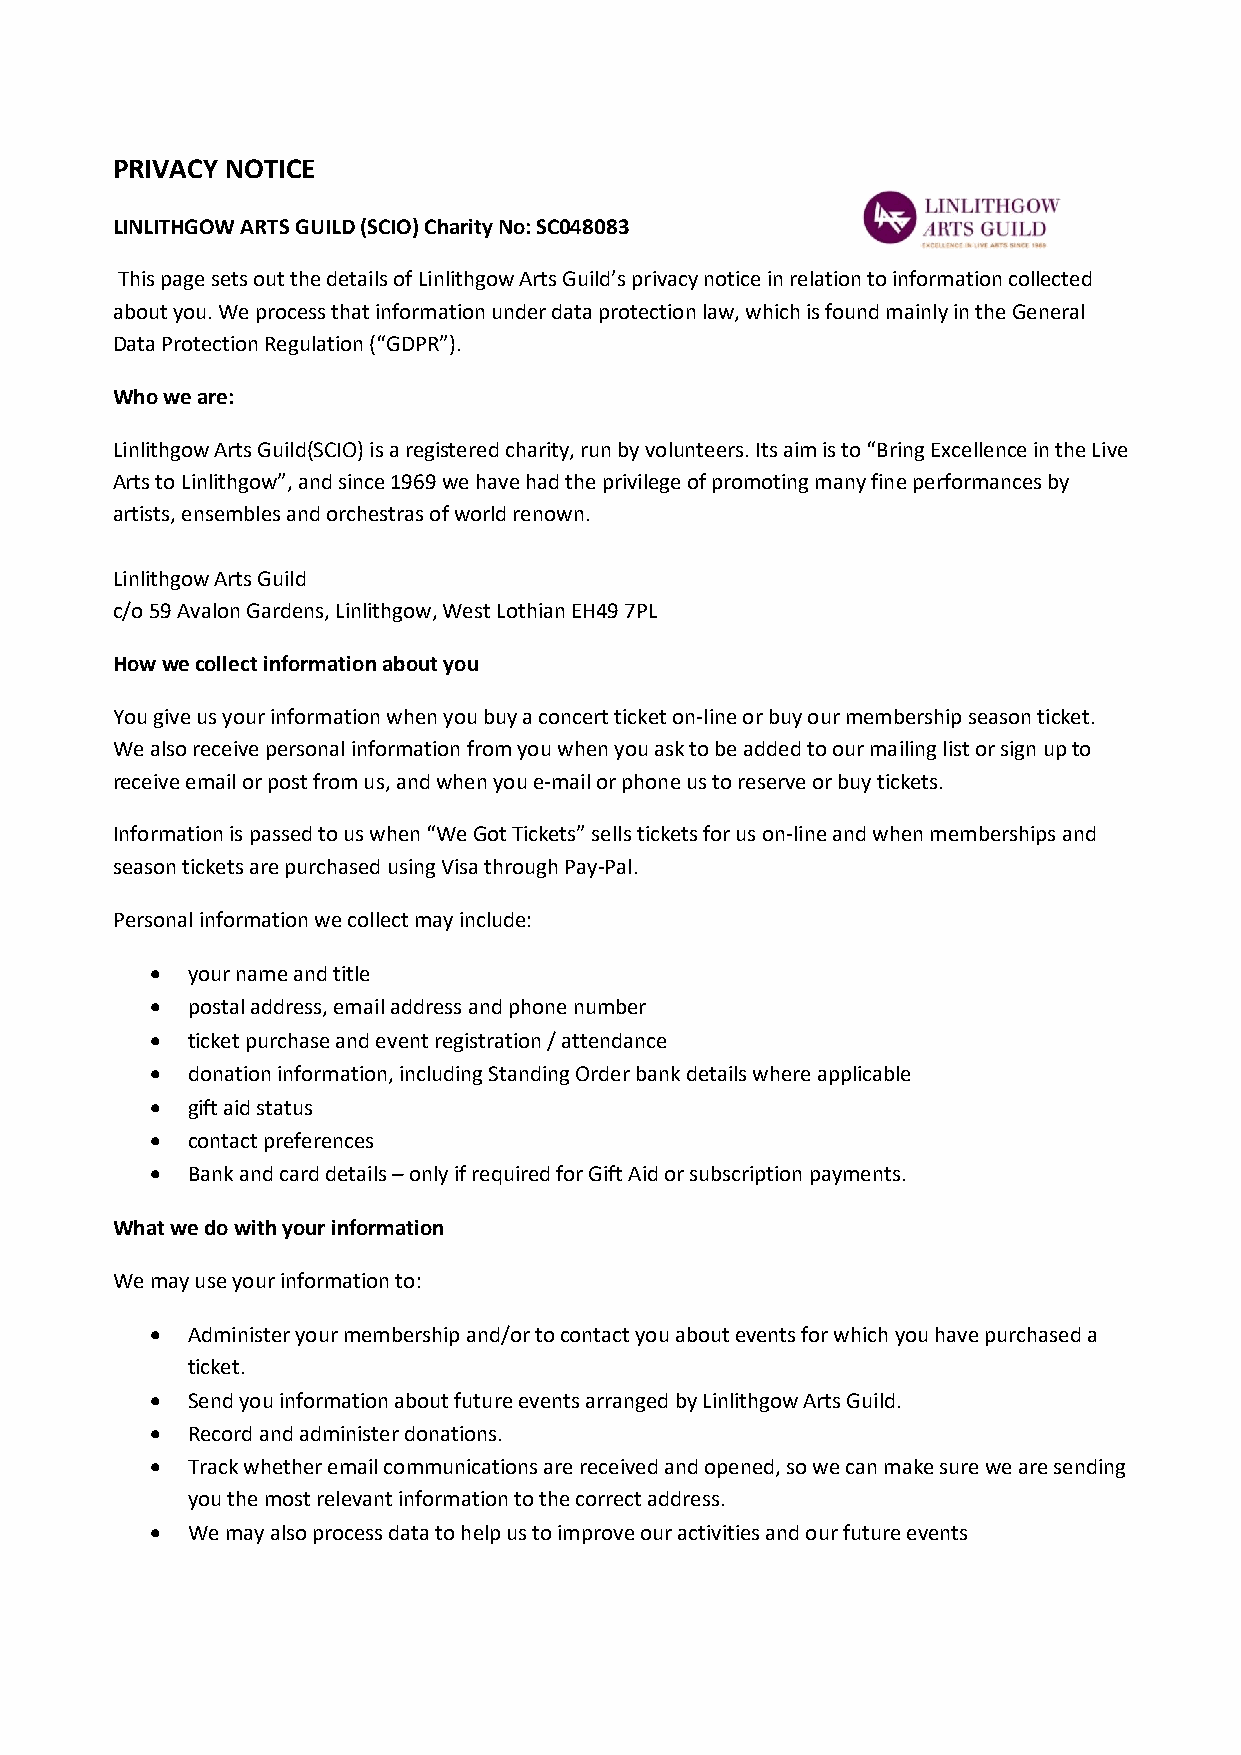
PRIVACY NOTICE
 LINLITHGOW ARTS GUILD (SCIO) Charity No: SC048083
 This page sets out the details of Linlithgow Arts Guild’s privacy notice in relation to information collected
 about you. We process that information under data protection law, which is found mainly in the General
 Data Protection Regulation (“GDPR”).
 Who we are:
 Linlithgow Arts Guild(SCIO) is a registered charity, run by volunteers. Its aim is to “Bring Excellence in the Live
 Arts to Linlithgow”, and since 1969 we have had the privilege of promoting many fine performances by
 artists, ensembles and orchestras of world renown.
 Linlithgow Arts Guild
 c/o 59 Avalon Gardens, Linlithgow, West Lothian EH49 7PL
 How we collect information about you
 You give us your information when you buy a concert ticket on-line or buy our membership season ticket.
 We also receive personal information from you when you ask to be added to our mailing list or sign up to
 receive email or post from us, and when you e-mail or phone us to reserve or buy tickets.
 Information is passed to us when “We Got Tickets” sells tickets for us on-line and when memberships and
 season tickets are purchased using Visa through Pay-Pal.
 Personal information we collect may include:
  your name and title
  postal address, email address and phone number
  ticket purchase and event registration / attendance
  donation information, including Standing Order bank details where applicable
  gift aid status
  contact preferences
  Bank and card details – only if required for Gift Aid or subscription payments.
 What we do with your information
 We may use your information to:
  Administer your membership and/or to contact you about events for which you have purchased a
 ticket.
  Send you information about future events arranged by Linlithgow Arts Guild.
  Record and administer donations.
  Track whether email communications are received and opened, so we can make sure we are sending
 you the most relevant information to the correct address.
  We may also process data to help us to improve our activities and our future events